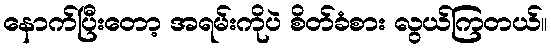
နောက်ပြီးတော့ အရမ်းကိုပဲ စိတ်ခံစား လွယ်ကြတယ်။